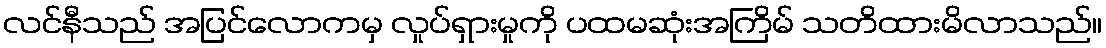
လင်နီသည် အပြင်လောကမှ လှုပ်ရှားမှုကို ပထမဆုံးအကြိမ် သတိထားမိလာသည်။